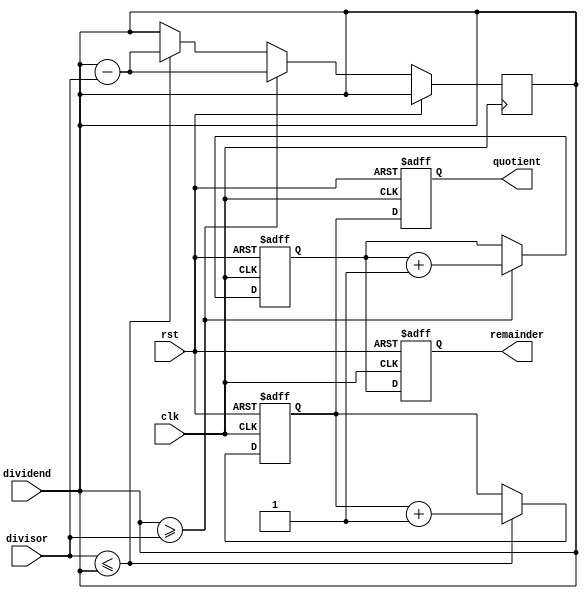
module pipelined_divider (
    input clk,
    input rst,
    input [31:0] divisor,
    input [31:0] dividend,
    output reg [31:0] quotient,
    output reg [31:0] remainder
);

reg [31:0] stage1_out;
reg [31:0] stage2_out;
reg [31:0] stage3_out;

always @(posedge clk or posedge rst) begin
    if (rst) begin
        quotient <= 0;
        remainder <= 0;
        stage1_out <= 0;
        stage2_out <= 0;
        stage3_out <= 0;
    end else begin
        // Stage 1: Quotient Calculation
        if (divisor <= dividend) begin
            stage1_out <= stage1_out + 1;
            dividend <= dividend - divisor;
        end
        
        // Stage 2: Remainder Calculation
        if (dividend >= divisor) begin
            stage2_out <= stage2_out + 1;
            dividend <= dividend - divisor;
        end
        
        // Stage 3: Comparison
        if (dividend >= divisor) begin
            stage3_out <= stage3_out + 1;
            dividend <= dividend - divisor;
        end
        
        quotient <= stage1_out;
        remainder <= stage2_out;
    end
end

endmodule